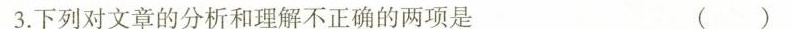
3.下列对文章的分析和理解不正确的两项是( )